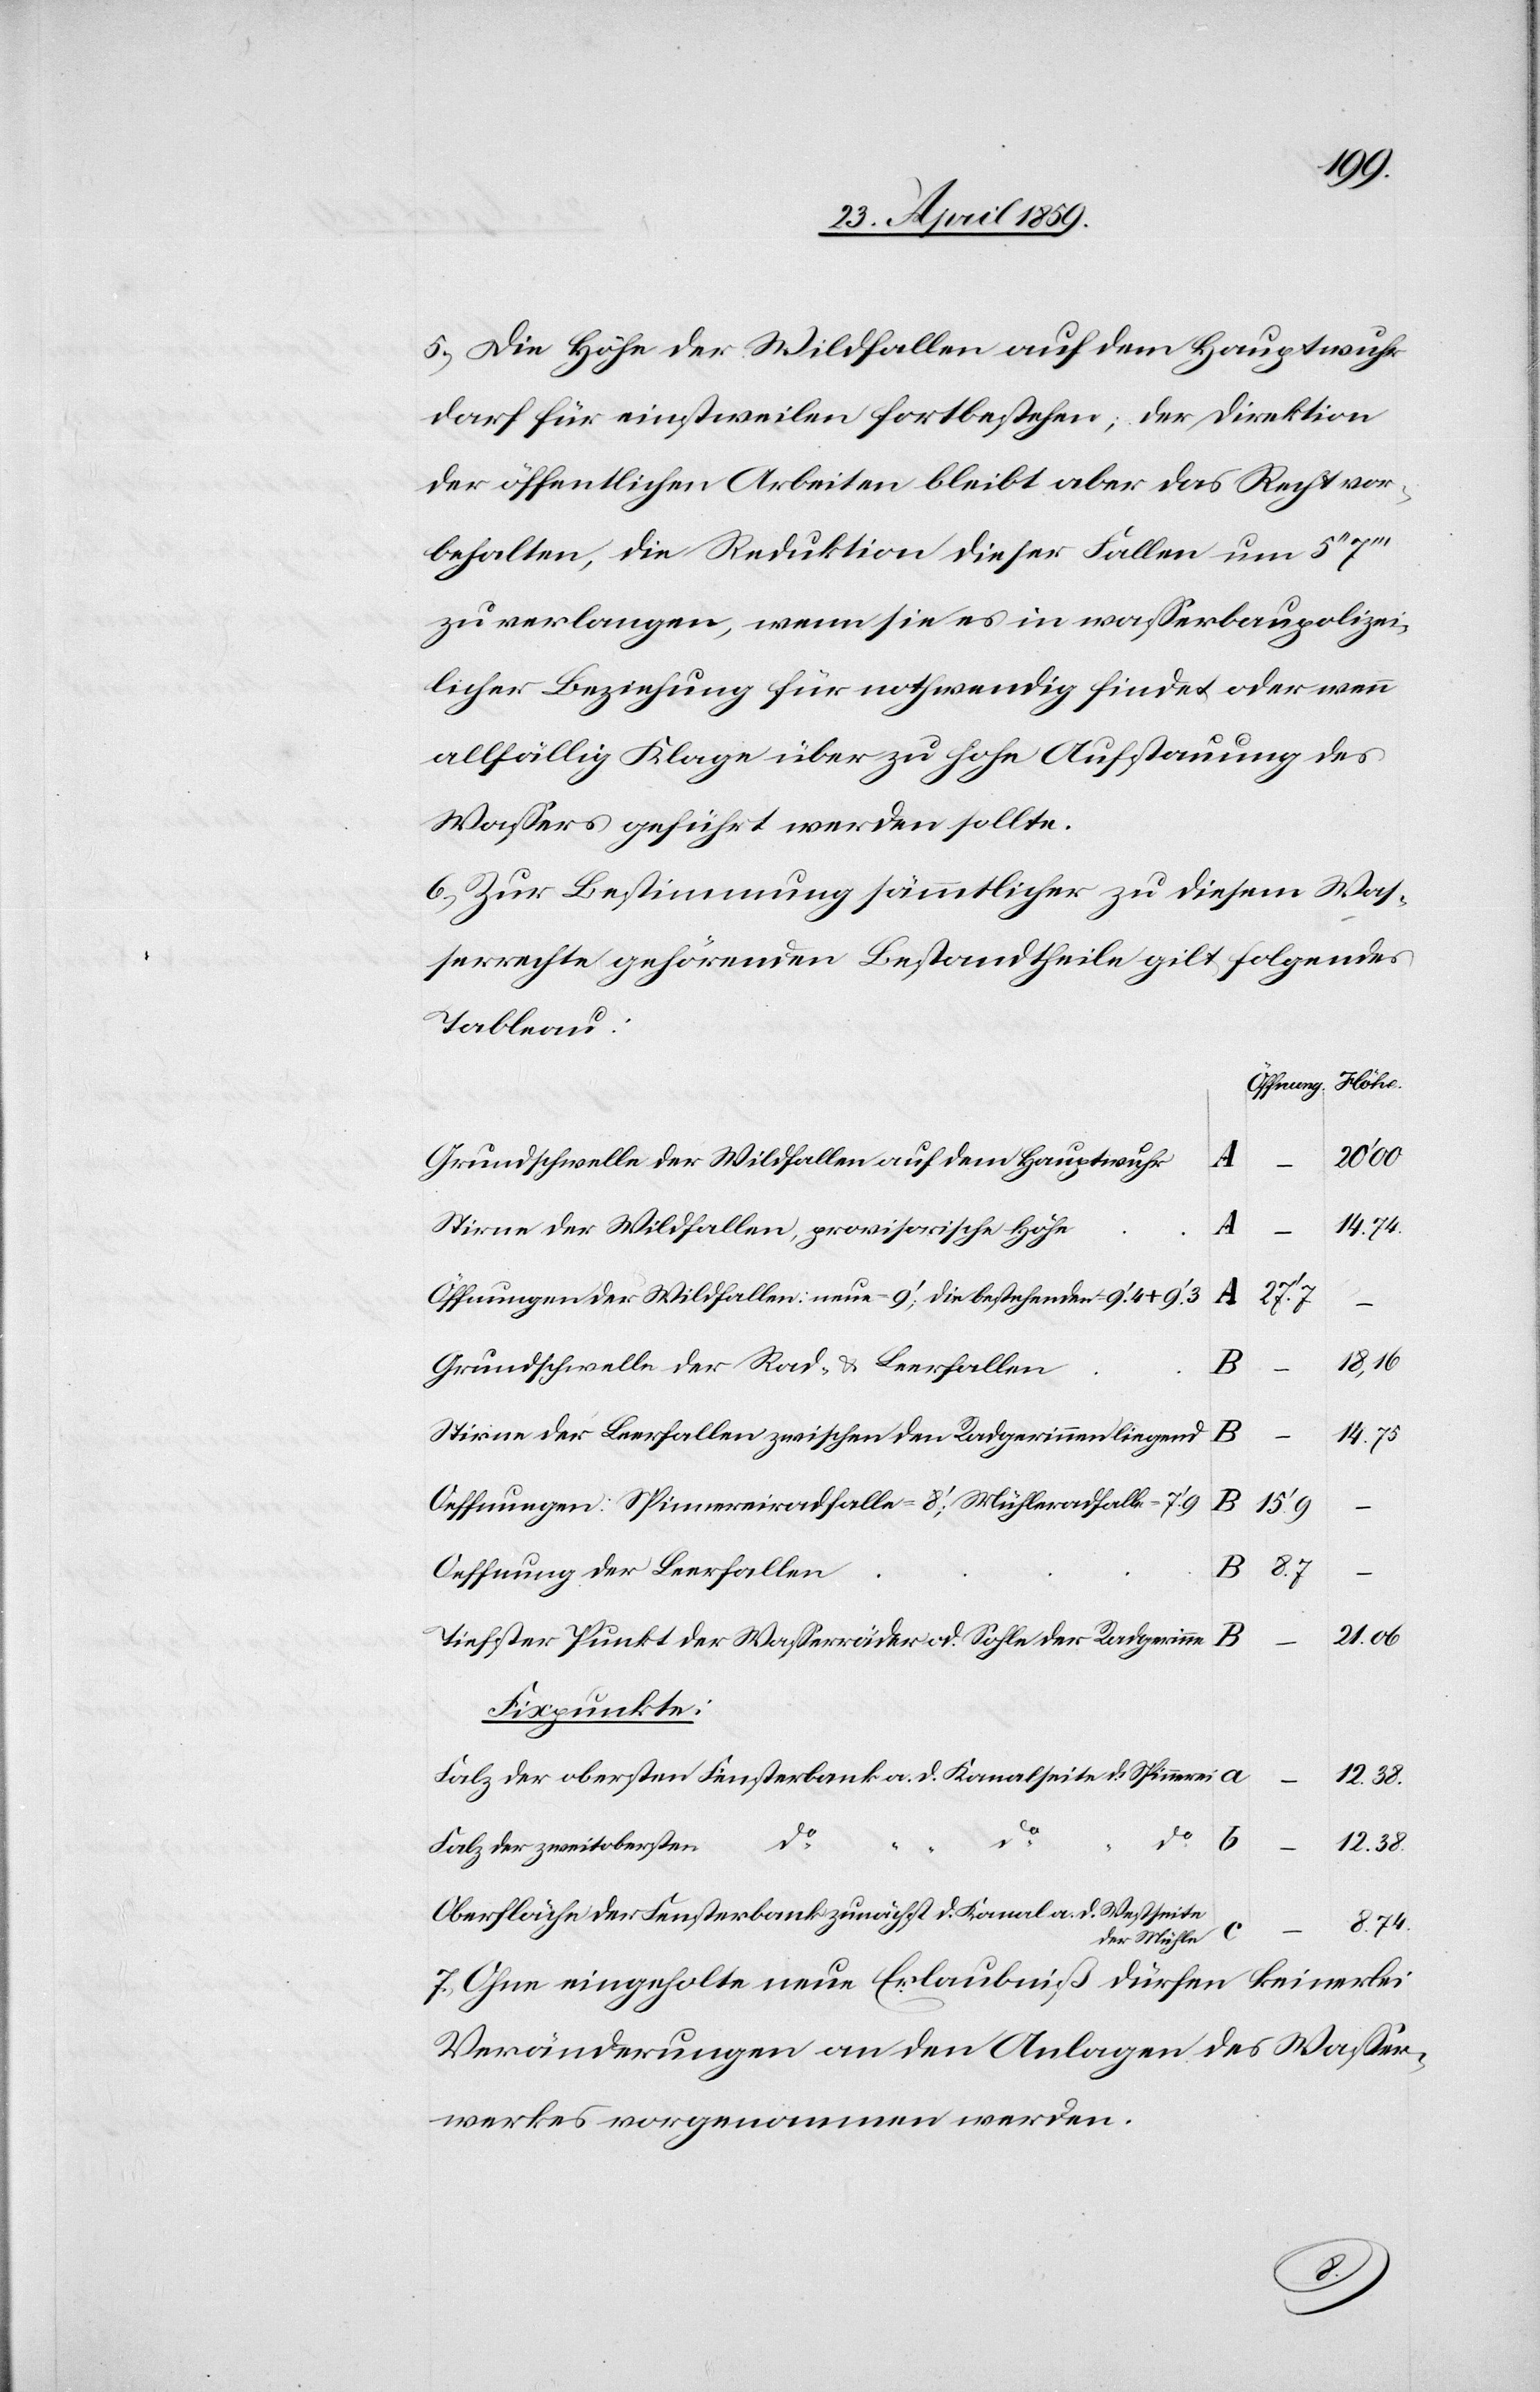
5) Die Höhe der Wildfallen auf dem Hauptwuhr
darf für einstweilen fortbestehen; der Direktion
der öffentlichen Arbeiten bleibt aber das Recht vor¬
behalten, die Reduktion dieser Fallen um 5‘‘
zu verlangen, wenn sie es in waßerbaupolizei¬
licher Beziehung für nothwendig findet oder wenn
allfällig Klage über zu hohe Aufstauung des
Waßers geführt werden sollte.
6) Zur Bestimmung sämmtlicher zu diesem Was¬
serrechte gehörenden Bestandtheile gilt folgendes
Tableau:
Grundschwelle der Wildfallen auf dem Hauptwuhr
A
Stirne der Wildfallen, provisorische Höhe
A
Öffnungen der Wildfallen: neue 9‘; die bestehenden 9‘.4+9‘.3
27‘.7
(
18,16
Grundschwelle der Rad- & Leerfallen
B
14.75
Stirne der Leerfallen zwischen den Radgerinnen liegend
Oeffnungen: Spinnereiradfalle = 8‘; Mühleradfalle
15‘.9
(
Oeffnung der Leerfallen
8.7
21.06
Tiefster Punkt der Waßerräder od. Sohle der Radgerinne
Fixpunkte:
Falz der obersten Fensterbank a. d. Kanalseite d. Spinnerei
do
12.38.
Falz der zweitobersten
Oberfläche der Fensterbank zunächst d. Kanal a. d. Westseite
8.74.
der Mühle
7) Ohne eingeholte neue Erlaubniß dürfen keinerlei
Veränderungen an den Anlagen des Waßer¬
werkes vorgenommen werden.
“